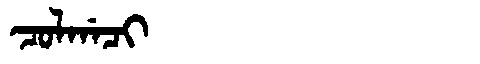
Manchu: ᠴᠣᠯᡤᠠᠴᡳ
Romanization: COLGACI